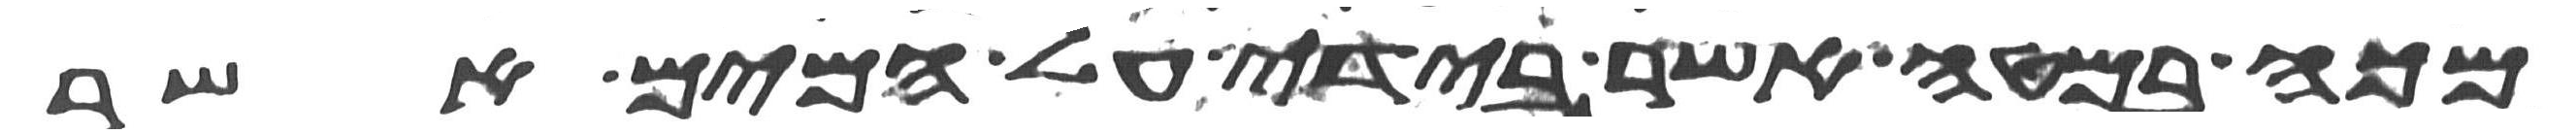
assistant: מכה במטה אשר בידי על המים אשר